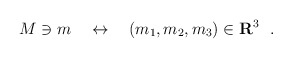
\begin{align*}M \ni m \quad \leftrightarrow \quad (m_1, m_2, m_3)\in {\bf R}^3\ \ .\end{align*}